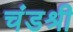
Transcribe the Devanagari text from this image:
चंडश्री